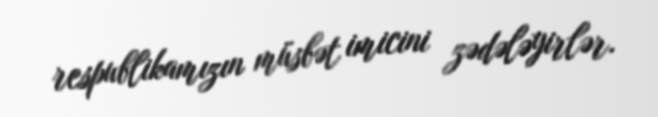
respublikamızın müsbət imicini zədələyirlər.